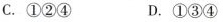
C.①②④ D.①③④